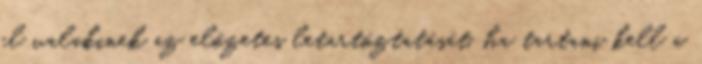
el valakinek az előzetes letartóztatását, ha tartani kell a